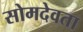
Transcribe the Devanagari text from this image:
सोमदेवता